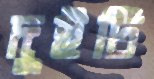
দুইটি